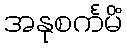
အနုစင်္ကမိံ